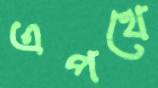
এপথে